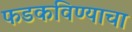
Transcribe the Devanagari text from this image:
फडकविण्याचा